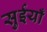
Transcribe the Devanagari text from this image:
सुईयाँ